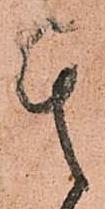
其